Bulletin of the Pasteur Institute of Southern India, Coonoor - No. 1.
Year: 1908
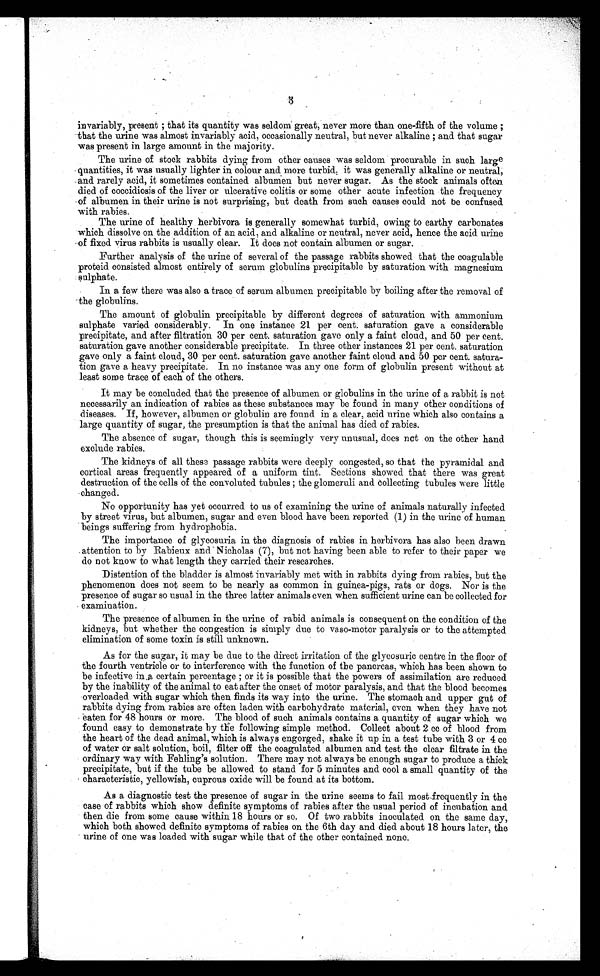
3
invariably, present ; that its quantity was seldom great, never more than one-fifth of the volume ;
that the urine was almost invariably acid, occasionally neutral, but never alkaline ; and that sugar
was present in large amount in the majority.
The urine of stock rabbits dying from other causes was seldom procurable in such large
quantities, it was usually lighter in colour and more turbid ; it was generally alkaline or neutral;
- and rarely acid, it sometimes contained albumen but never sugar. As the stock animals often
died of coccidiosis of the liver or ulcerative colitis or some other acute infection the frequency
of albumen in their urine is not surprising, but death from such causes could not be confused.
with rabies.
The urine of healthy herbivora is generally somewhat turbid, owing to earthy carbonates
which dissolve on the addition of an acid, and alkaline or neutral, never acid, hence the acid urine
of fixed. virus rabbits is usually clear. It does not contain albumen or sugar.
Further analysis of the urine of several of the passage rabbits showed that the coagulable
proteid consisted almost entirely of serum globulins precipitable by saturation with magnesium
sulphate.
In a few there was also a trace of serum albumen precipitable by boiling after the removal of
the globulins.
The amount of globulin precipitable by different degrees of saturation with ammonium
sulphate varied. considerably. In one instance 21 per cent. saturation gave a considerable
precipitate, and after filtration 30 per cent. saturation gave only a faint cloud, and 50 per cent.
saturation gave another considerable precipitate. In three other instances 21 per cent. saturation
gave only a faint cloud, 30 per cent. saturation gave another faint cloud and 50 per cent. satura-
tion gave a heavy precipitate. In no instance was any one form of globulin present without at
least some trace of each of the others.
It may be concluded that the presence of albumen or globulins in the urine of a rabbit is not
necessarily an indication of rabies as these substances may be found in many other conditions of
diseases. If, however, albumen or globulin are found in a clear, acid urine which also contains a
large quantity of sugar, the presumption is that the animal has died of rabies.
The absence of sugar, though this is seemingly very unusual, does net on the other hand
exclude rabies.
The kidneys of all these passage rabbits were deeply congested, so that the pyramidal and
cortical areas frequently appeared of a uniform tint. Sections showed that there was great
destruction of the cells of the convoluted tubules ; the glomeruli and collecting tubules were little
changed.
No opportunity has yet occurred to us of examining the urine of animals naturally infected
by street virus, but albumen, sugar and even blood have been reported (1) in the urine of human
beings suffering from hydrophobia.
The importance of glycosuria in the diagnosis of rabies in herbivora has also been drawn
attention to by Rabieux and • Nicholas (7), but not having been able to refer to their paper we
do not know to what length they carried their researches.
Distention of the bladder is almost invariably met with in rabbits dying from rabies, but the
phenomenon does not seem to be nearly as common in guinea-pigs, rats or dogs. Nor is the
presence of sugar so usual in the three latter animals even when sufficient urine can be collected for
examination.
The presence of albumen in the urine of rabid animals is consequent on the condition of the
kidneys, but whether the congestion is simply due to va so-motor paralysis or to the attempted
elimination of some toxin is still unknown.
As for the sugar, it may be due to the direct irritation of the glycosuric centre in the floor of
the fourth ventricle or to interference with the function of the pancreas, which has been shown to
be infective in .a certain percentage ; or it is possible that the powers of assimilation are reduced
by the inability of the animal to eat after the onset of motor paralysis, and that the blood becomes
overloaded with sugar which then finds its way into the urine. The stomach and upper gut of
rabbits dying from rabies are often laden with carbohydrate material, even when they have not
eaten for 48 hours or more. The blood of such animals contains a quantity of sugar which we
found easy to demonstrate by the following simple method. Collect about 2 cc of blood from
the heart of the dead animal, which is always engorged, shake it up in a test tube with 3 or 4 cc
of water or salt solution, boil, filter off the coagulated albumen and test the clear filtrate in the
ordinary way with Fehling's solution. There may not always be enough sugar to produce a thick
precipitate, but if the tube be allowed to stand for 5 minutes and cool a small quantity of the
characteristic, yellowish, cuprous oxide will be found at its bottom.
As a diagnostic test the presence of sugar in the urine seems to fail most,frequently in the
case of rabbits which show definite symptoms of rabies after the usual period of incubation and
then die from some cause within 18 hours or so. Of two rabbits inoculated on the same day,
which both showed definite symptoms of rabies on the 6th day and died about 18 hours later, the
urine of one was loaded with sugar while that of the other contained none.